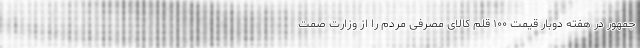
جمهور در هفته دوبار قیمت ۱۰۰ قلم کالای مصرفی مردم را از وزارت صمت